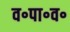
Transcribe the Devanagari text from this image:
व॰पा॰व॰